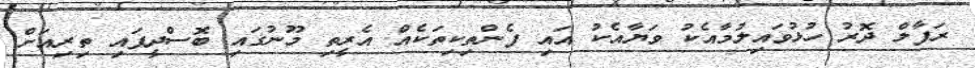
ރަފާލް ދޮރު ހުޅުވައިލުމާއެކު ވަޔާއެކު އައި ފެންތިކިތަކެއް އެރީތި މޫނުގައި ބޮސްދީފައި ތިރިއަށް